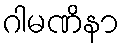
ဂါမဏိနာ